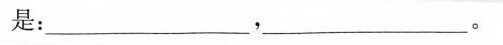
是：___________，____。